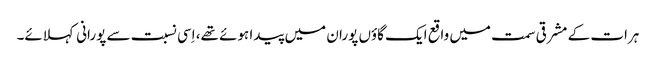
ہرات کے مشرقی سمت میں واقع ایک گاؤں پوران میں پیدا ہوئے تھے، اِسی نسبت سے پورانی کہلائے۔